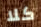
كلا